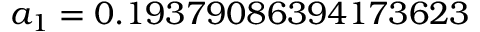
a _ { 1 } = 0 . 1 9 3 7 9 0 8 6 3 9 4 1 7 3 6 2 3